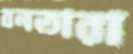
বনতারা